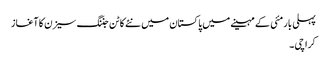
پہلی بار مئی کے مہینے میں پاکستان میں نئے کاٹن جننگ سیزن کا آغاز
کراچی ۔